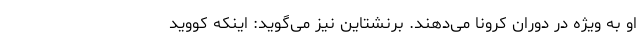
او به ویژه در دوران کرونا می‌دهند. برنشتاین نیز می‌گوید: اینکه کووید